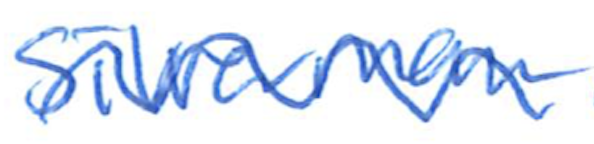
Text: Silverman
Cross-out: wave
Writing tool: ballpoint